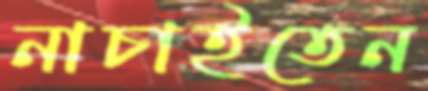
নাচাইতেন